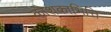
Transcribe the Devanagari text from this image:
कोशकाभित्ति